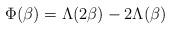
LaTeX: \begin{align*}\Phi(\beta)=\Lambda(2\beta)-2\Lambda(\beta)\end{align*}